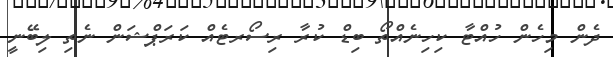
ދެން މިހެން ހުއްޓާ ކިހިނެއްތޯ ބިޑް ކުރާ ރިސޯރޓެއް ކަރަޕްޝަން ނެތި ލިބޭނީ